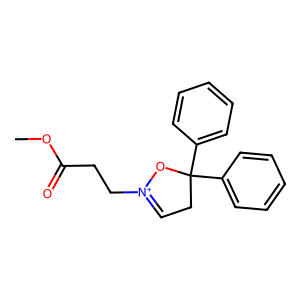
SMILES: COC(=O)CC[N+]1=CCC(c2ccccc2)(c2ccccc2)O1
Inhibits HIV replication: No